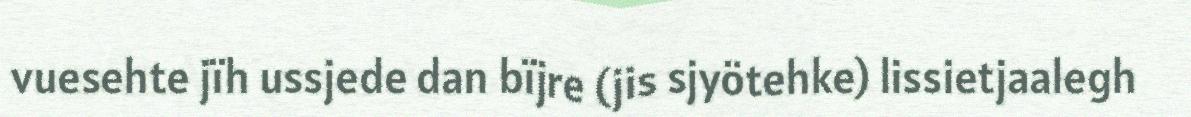
vuesehte jïh ussjede dan bïjre (jis sjyötehke) lissietjaalegh